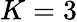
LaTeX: K=3